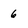
Character: 6